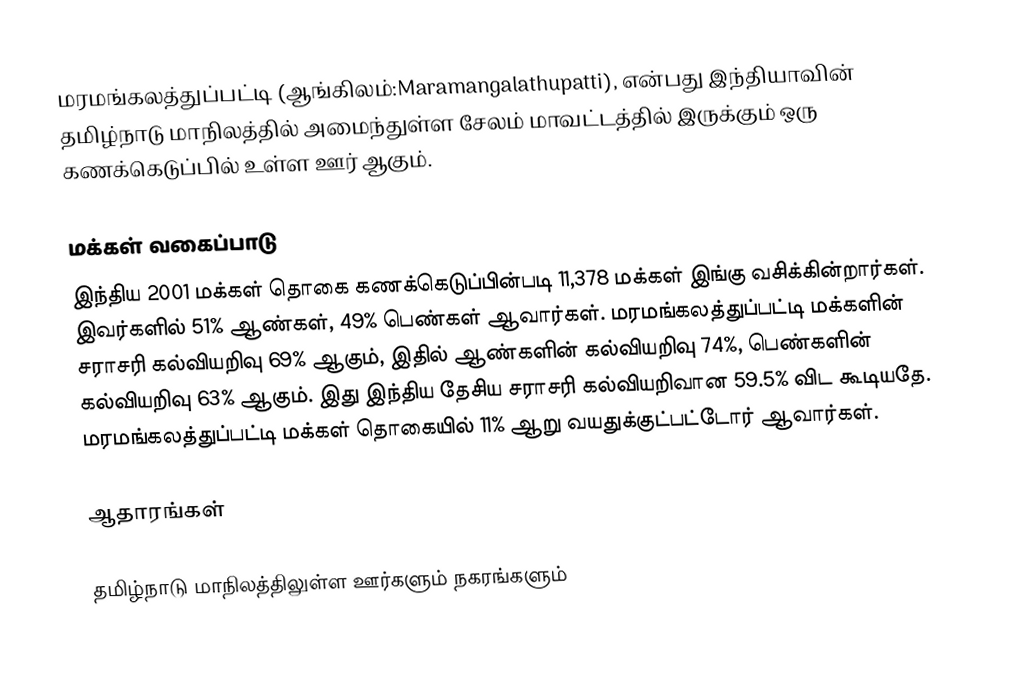
மரமங்கலத்துப்பட்டி (ஆங்கிலம்:Maramangalathupatti), என்பது இந்தியாவின் தமிழ்நாடு மாநிலத்தில் அமைந்துள்ள சேலம் மாவட்டத்தில் இருக்கும் ஒரு கணக்கெடுப்பில் உள்ள ஊர்  ஆகும்.

மக்கள் வகைப்பாடு
இந்திய 2001 மக்கள் தொகை கணக்கெடுப்பின்படி 11,378 மக்கள் இங்கு வசிக்கின்றார்கள். இவர்களில் 51% ஆண்கள், 49% பெண்கள் ஆவார்கள். மரமங்கலத்துப்பட்டி மக்களின் சராசரி கல்வியறிவு 69% ஆகும்,  இதில் ஆண்களின் கல்வியறிவு 74%,  பெண்களின் கல்வியறிவு 63% ஆகும். இது இந்திய தேசிய சராசரி கல்வியறிவான 59.5% விட கூடியதே. மரமங்கலத்துப்பட்டி மக்கள் தொகையில் 11%  ஆறு வயதுக்குட்பட்டோர் ஆவார்கள்.

ஆதாரங்கள்

 தமிழ்நாடு மாநிலத்திலுள்ள ஊர்களும் நகரங்களும்